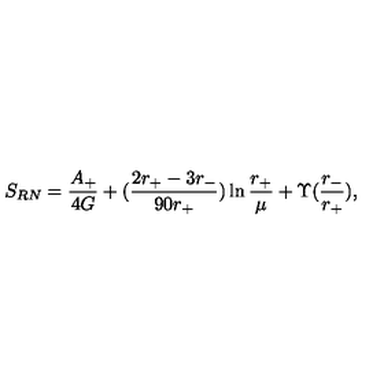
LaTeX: S _ { R N } = { \frac { A _ { + } } { 4 G } } + ( { \frac { 2 r _ { + } - 3 r _ { - } } { 9 0 r _ { + } } } ) \ln { \frac { r _ { + } } { \mu } } + \Upsilon ( { \frac { r _ { - } } { r _ { + } } } ) ,